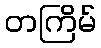
တကြိမ်